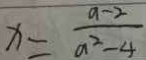
x = \frac { a - 2 } { a ^ { 2 } - 4 }